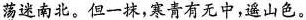
荡迷南北。但一抹，寒青有无中，遥山色。